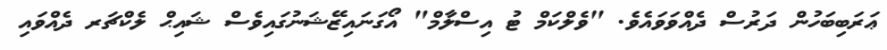
ޢަރަބިބަހުން ދަރުސް ދެއްވަވައެވެ. "ވެލްކަމް ޓު އިސްލާމް" އޯގަނައިޒޭޝަނުގައިވެސް ޝައިޙް ލެކްޗަރ ދެއްވައި